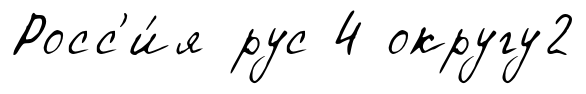
Росс'и́я рус 4 округу2